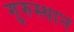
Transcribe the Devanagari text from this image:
गुरुस्थान